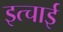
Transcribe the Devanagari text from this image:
इत्चाई